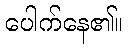
ပေါက်နေ၏။